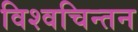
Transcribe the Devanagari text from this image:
विश्वचिन्तन